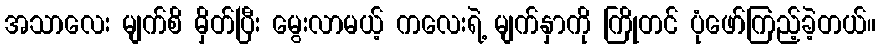
အသာလေး မျက်စိ မှိတ်ပြီး မွေးလာမယ့် ကလေးရဲ့ မျက်နှာကို ကြိုတင် ပုံဖော်ကြည့်ခဲ့တယ်။